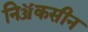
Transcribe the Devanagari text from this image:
निॲकसीन